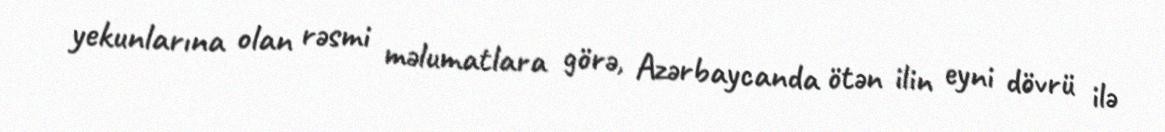
yekunlarına olan rəsmi məlumatlara görə, Azərbaycanda ötən ilin eyni dövrü ilə